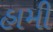
હામી